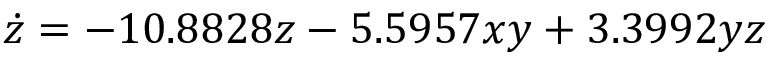
\dot { z } = - 1 0 . 8 8 2 8 z - 5 . 5 9 5 7 x y + 3 . 3 9 9 2 y z